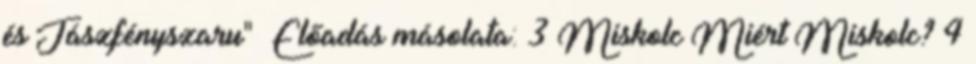
és Jászfényszaru"— Előadás másolata: 3 Miskolc Miért Miskolc? 4